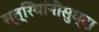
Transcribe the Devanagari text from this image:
स्त्रियांनीसुध्दा